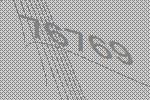
76769